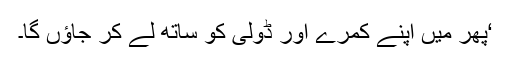
‘پھر میں اپنے کمرے اور ڈولی کو ساتھ لے کر جاؤں گا۔